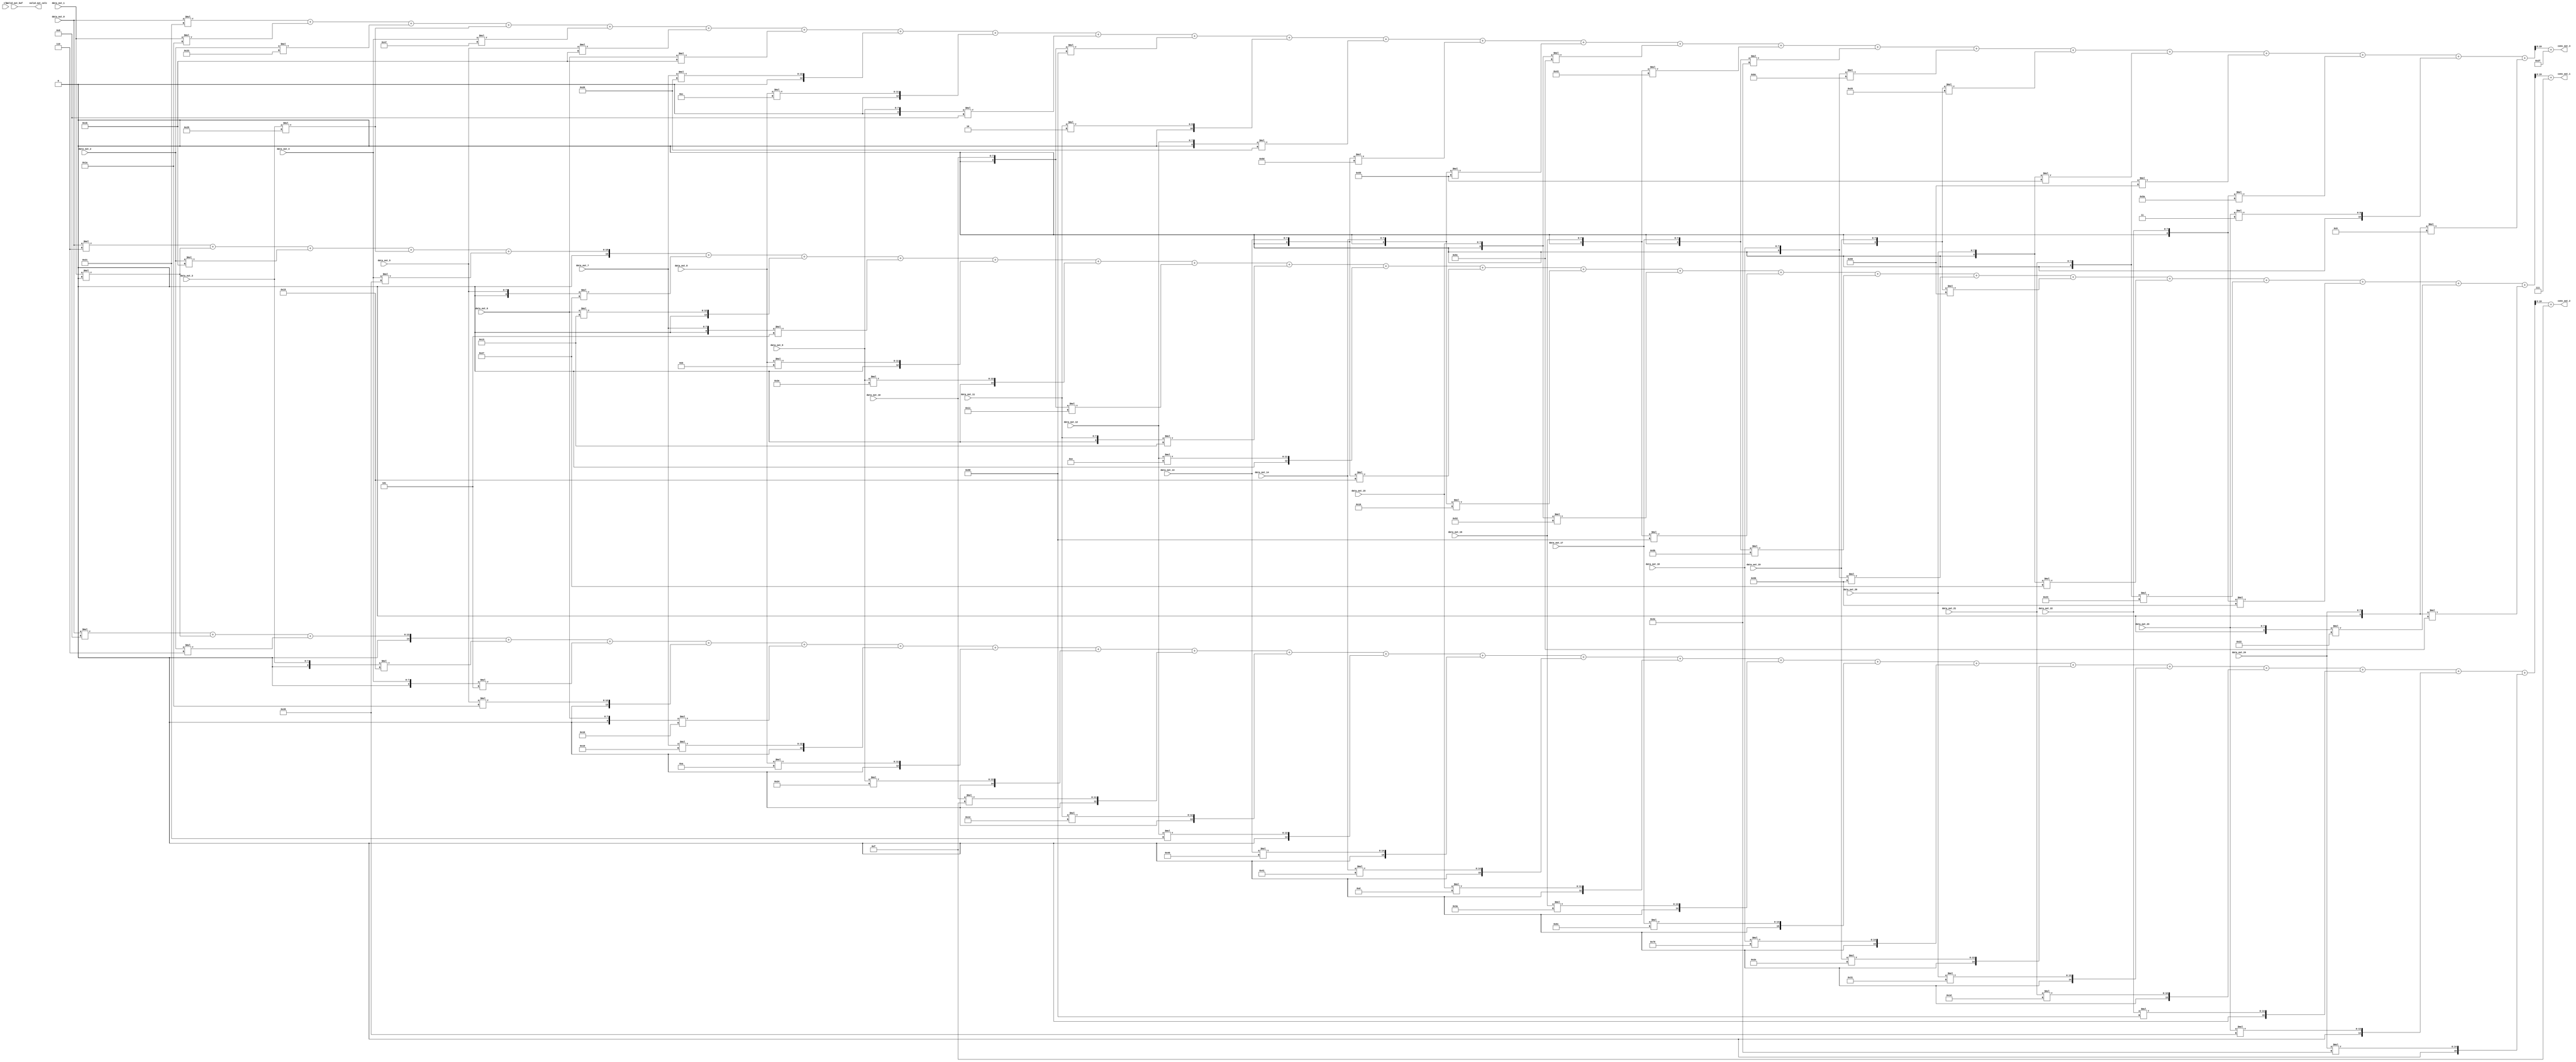
`timescale 1ns / 1ps

 //  Design     : 1st Convolution Layer for CNN MNIST dataset
 //               Convolution Sum Calculation

 module conv1_calc #(parameter WIDTH = 28, HEIGHT = 28, DATA_BITS = 8) (
    input clk,
   input valid_out_buf,
   input [DATA_BITS - 1:0] data_out_0, data_out_1, data_out_2, data_out_3, data_out_4,
   data_out_5, data_out_6, data_out_7, data_out_8, data_out_9,
   data_out_10, data_out_11, data_out_12, data_out_13, data_out_14,
   data_out_15, data_out_16, data_out_17, data_out_18, data_out_19,
   data_out_20, data_out_21, data_out_22, data_out_23, data_out_24,
   output signed [11:0] conv_out_1, conv_out_2, conv_out_3,
   output valid_out_calc
 );

 localparam FILTER_SIZE = 5;
 localparam CHANNEL_LEN = 3;

 wire signed [DATA_BITS - 1:0] weight_1 [0:FILTER_SIZE * FILTER_SIZE - 1];
 wire signed [DATA_BITS - 1:0] weight_2 [0:FILTER_SIZE * FILTER_SIZE - 1];
 wire signed [DATA_BITS - 1:0] weight_3 [0:FILTER_SIZE * FILTER_SIZE - 1];
 wire signed [DATA_BITS - 1:0] bias [0:CHANNEL_LEN - 1];
    
 assign weight_1[0] = 8'h06;
 assign weight_1[1] = 8'h00;
 assign weight_1[2] = 8'h1b;
 assign weight_1[3] = 8'h29;
 assign weight_1[4] = 8'h35;
 assign weight_1[5] = 8'he7;
 assign weight_1[6] = 8'h13;
 assign weight_1[7] = 8'hfd;
 assign weight_1[8] = 8'h0b;
 assign weight_1[9] = 8'h3e;
 assign weight_1[10] = 8'hf1;
 assign weight_1[11] = 8'hf3;
 assign weight_1[12] = 8'h0e;
 assign weight_1[13] = 8'hf5;
 assign weight_1[14] = 8'hf6;
 assign weight_1[15] = 8'hd2;
 assign weight_1[16] = 8'hd8;
 assign weight_1[17] = 8'hdb;
 assign weight_1[18] = 8'hd6;
 assign weight_1[19] = 8'hd9;
 assign weight_1[20] = 8'he7;
 assign weight_1[21] = 8'he3;
 assign weight_1[22] = 8'hd6;
 assign weight_1[23] = 8'he2;
 assign weight_1[24] = 8'hdc;
 
 assign weight_2[0] = 8'h08;
 assign weight_2[1] = 8'h00;
 assign weight_2[2] = 8'h06;
 assign weight_2[3] = 8'hf5;
 assign weight_2[4] = 8'hfd;
 assign weight_2[5] = 8'h1a;
 assign weight_2[6] = 8'hf0;
 assign weight_2[7] = 8'h19;
 assign weight_2[8] = 8'h0a;
 assign weight_2[9] = 8'h24;
 assign weight_2[10] = 8'h0f;
 assign weight_2[11] = 8'h12;
 assign weight_2[12] = 8'h21;
 assign weight_2[13] = 8'h46;
 assign weight_2[14] = 8'h41;
 assign weight_2[15] = 8'h0d;
 assign weight_2[16] = 8'h3a;
 assign weight_2[17] = 8'h6c;
 assign weight_2[18] = 8'h76;
 assign weight_2[19] = 8'h2e;
 assign weight_2[20] = 8'h31;
 assign weight_2[21] = 8'h1d;
 assign weight_2[22] = 8'h58;
 assign weight_2[23] = 8'h35;
 assign weight_2[24] = 8'h4e;
 
 assign weight_3[0] = 8'h21;
 assign weight_3[1] = 8'h1a;
 assign weight_3[2] = 8'h33;
 assign weight_3[3] = 8'h29;
 assign weight_3[4] = 8'h47;
 assign weight_3[5] = 8'h1b;
 assign weight_3[6] = 8'h1b;
 assign weight_3[7] = 8'h20;
 assign weight_3[8] = 8'h0c;
 assign weight_3[9] = 8'hf8;
 assign weight_3[10] = 8'hd8;
 assign weight_3[11] = 8'h02;
 assign weight_3[12] = 8'he0;
 assign weight_3[13] = 8'hdd;
 assign weight_3[14] = 8'hd5;
 assign weight_3[15] = 8'hdc;
 assign weight_3[16] = 8'hc3;
 assign weight_3[17] = 8'hce;
 assign weight_3[18] = 8'hbc;
 assign weight_3[19] = 8'he5;
 assign weight_3[20] = 8'hd5;
 assign weight_3[21] = 8'hd9;
 assign weight_3[22] = 8'hda;
 assign weight_3[23] = 8'h03;
 assign weight_3[24] = 8'hf9;

 assign bias[0] = 8'h07;
 assign bias[1] = 8'h0f;
 assign bias[2] = 8'h2f;
    
//integer is_fill = 0;

//always @(*) begin
//if(is_fill == 0) begin
//    weight_1[0] <= 8'h06;
//    ...
//    weight_1[24] <= 8'hdc;

//    weight_2[0] <= 8'h08;
//    ...
//    weight_2[24] <= 8'h4e;

//    weight_3[0] <= 8'h21;
//    ...
//    weight_3[24] <= 8'hf9;

//    bias[0] <= 8'h07;
//    bias[1] <= 8'h0f;
//    bias[2] <= 8'h2f;
    
//    is_fill = 1;
    
//    end
//    end


 wire signed [19:0] calc_out_1, calc_out_2, calc_out_3;
 wire signed [DATA_BITS:0] exp_data [0:FILTER_SIZE * FILTER_SIZE - 1];
 wire signed [11:0] exp_bias [0:CHANNEL_LEN - 1];
 
// initial begin
//   $readmemh("C:/Users/DELL/Desktop/cnn/cnn.srcs/sources_1/new/data/conv1_weight_1.txt", weight_1);
//   $readmemh("C:/Users/DELL/Desktop/cnn/cnn.srcs/sources_1/new/data/conv1_weight_2.txt", weight_2);
//   $readmemh("C:/Users/DELL/Desktop/cnn/cnn.srcs/sources_1/new/data/conv1_weight_3.txt", weight_3);
//   $readmemh("C:/Users/DELL/Desktop/cnn/cnn.srcs/sources_1/new/data/conv1_bias.txt", bias);
// end
 
                  
                    
 // Unsigned -> Signed
 assign exp_data[0] = {1'd0, data_out_0};
 assign exp_data[1] = {1'd0, data_out_1};
 assign exp_data[2] = {1'd0, data_out_2};
 assign exp_data[3] = {1'd0, data_out_3};
 assign exp_data[4] = {1'd0, data_out_4};
 assign exp_data[5] = {1'd0, data_out_5};
 assign exp_data[6] = {1'd0, data_out_6};
 assign exp_data[7] = {1'd0, data_out_7};
 assign exp_data[8] = {1'd0, data_out_8};
 assign exp_data[9] = {1'd0, data_out_9};
 assign exp_data[10] = {1'd0, data_out_10};
 assign exp_data[11] = {1'd0, data_out_11};
 assign exp_data[12] = {1'd0, data_out_12};
 assign exp_data[13] = {1'd0, data_out_13};
 assign exp_data[14] = {1'd0, data_out_14};
 assign exp_data[15] = {1'd0, data_out_15};
 assign exp_data[16] = {1'd0, data_out_16};
 assign exp_data[17] = {1'd0, data_out_17};
 assign exp_data[18] = {1'd0, data_out_18};
 assign exp_data[19] = {1'd0, data_out_19};
 assign exp_data[20] = {1'd0, data_out_20};
 assign exp_data[21] = {1'd0, data_out_21};
 assign exp_data[22] = {1'd0, data_out_22};
 assign exp_data[23] = {1'd0, data_out_23};
 assign exp_data[24] = {1'd0, data_out_24};

 //  Re-calibration of extracted weight data according to MSB
 assign exp_bias[0] = (bias[0][7] == 1) ? {4'b1111, bias[0]} : {4'd0, bias[0]};
 assign exp_bias[1] = (bias[1][7] == 1) ? {4'b1111, bias[1]} : {4'd0, bias[1]};
 assign exp_bias[2] = (bias[2][7] == 1) ? {4'b1111, bias[2]} : {4'd0, bias[2]};
 
 assign calc_out_1 = exp_data[0]*weight_1[0] + exp_data[1]*weight_1[1] + exp_data[2]*weight_1[2] + exp_data[3]*weight_1[3] + exp_data[4]*weight_1[4] +
					exp_data[5]*weight_1[5] + exp_data[6]*weight_1[6] + exp_data[7]*weight_1[7] + exp_data[8]*weight_1[8] + exp_data[9]*weight_1[9] +
					exp_data[10]*weight_1[10] + exp_data[11]*weight_1[11] + exp_data[12]*weight_1[12] + exp_data[13]*weight_1[13] + exp_data[14]*weight_1[14] +
					exp_data[15]*weight_1[15] + exp_data[16]*weight_1[16] + exp_data[17]*weight_1[17] + exp_data[18]*weight_1[18] + exp_data[19]*weight_1[19] +
					exp_data[20]*weight_1[20] + exp_data[21]*weight_1[21] +exp_data[22]*weight_1[22] +exp_data[23]*weight_1[23] +exp_data[24]*weight_1[24];
 
 assign calc_out_2 = exp_data[0]*weight_2[0] + exp_data[1]*weight_2[1] + exp_data[2]*weight_2[2] + exp_data[3]*weight_2[3] + exp_data[4]*weight_2[4] +
					exp_data[5]*weight_2[5] + exp_data[6]*weight_2[6] + exp_data[7]*weight_2[7] + exp_data[8]*weight_2[8] + exp_data[9]*weight_2[9] +
					exp_data[10]*weight_2[10] + exp_data[11]*weight_2[11] + exp_data[12]*weight_2[12] + exp_data[13]*weight_2[13] + exp_data[14]*weight_2[14] +
					exp_data[15]*weight_2[15] + exp_data[16]*weight_2[16] + exp_data[17]*weight_2[17] + exp_data[18]*weight_2[18] + exp_data[19]*weight_2[19] +
					exp_data[20]*weight_2[20] + exp_data[21]*weight_2[21] + exp_data[22]*weight_2[22] +exp_data[23]*weight_2[23] +exp_data[24]*weight_2[24];
 
 assign calc_out_3 = exp_data[0]*weight_3[0] + exp_data[1]*weight_3[1] + exp_data[2]*weight_3[2] + exp_data[3]*weight_3[3] + exp_data[4]*weight_3[4] + 
					exp_data[5]*weight_3[5] + exp_data[6]*weight_3[6] + exp_data[7]*weight_3[7] + exp_data[8]*weight_3[8] + exp_data[9]*weight_3[9] + 
					exp_data[10]*weight_3[10] + exp_data[11]*weight_3[11] + exp_data[12]*weight_3[12] + exp_data[13]*weight_3[13] + exp_data[14]*weight_3[14] + 
					exp_data[15]*weight_3[15] + exp_data[16]*weight_3[16] + exp_data[17]*weight_3[17] + exp_data[18]*weight_3[18] + exp_data[19]*weight_3[19] + 
					exp_data[20]*weight_3[20] + exp_data[21]*weight_3[21] + exp_data[22]*weight_3[22] + exp_data[23]*weight_3[23] + exp_data[24]*weight_3[24];
 
 assign conv_out_1 = calc_out_1[19:8] + exp_bias[0];
 assign conv_out_2 = calc_out_2[19:8] + exp_bias[1];
 assign conv_out_3 = calc_out_3[19:8] + exp_bias[2];

 assign valid_out_calc = valid_out_buf;
 
//  ila_0 debugg (
//        .clk(clk),
//        .probe0(valid_out_buf),
//        .probe1(valid_out_calc),
//        .probe2(data_out_0),
//        .probe3(conv_out_1),
//        .probe4(weight_1[0]),
//        .probe5(weight_2[0]),
//        .probe6(weight_3[0]),
//        .probe7(bias[0])
//        );
                      
endmodule